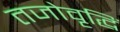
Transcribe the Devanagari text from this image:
तजोवृद्धिं